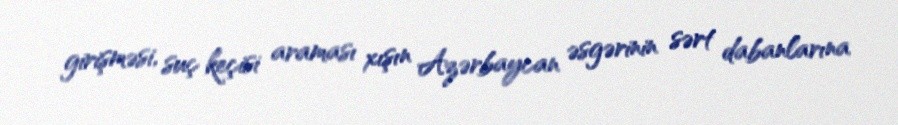
girişməsi, suç keçisi araması xışın Azərbaycan əsgərinin sərt dabanlarına